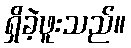
ရှိခဲ့ဖူးသည်။